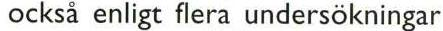
också enligt flera undersökningar